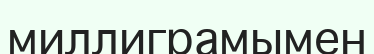
миллиграмымен